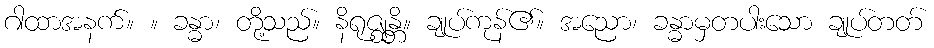
ဂါထာအနက်။ ။ ခန္ဓာ၊ တို့သည်။ နိရုဇ္ဈန္တိ။ ချုပ်ကုန်၏။ အညော၊ ခန္ဓာမှတပါးသော ချုပ်တတ်